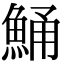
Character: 鯒